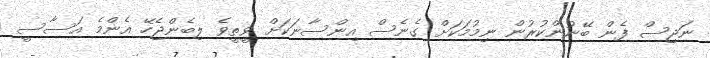
ނަޖިސް ފެން ބޭނުންކުރުން ނިމުމަކަށް ގެނެސް އިންސާނަކަށް ވީތީވެ ލިބެންޖެހޭ އެންމެ އަސާސީ